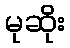
မုဆိုး